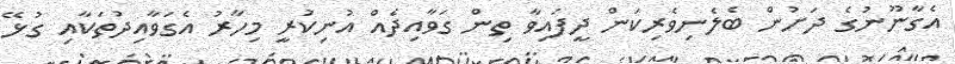
އެގާނޫނުގެ ދަށުން ބެލެނިވެރިކަން ދީފައިވާ ތިން ގަވާއިދެއް އުނިކުރީ މިހާރު އެގަވާއިދުތަކާއި ގުޅޭ